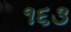
૧૬૩